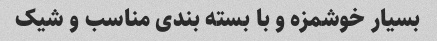
بسیار خوشمزه و با بسته بندی مناسب و شیک